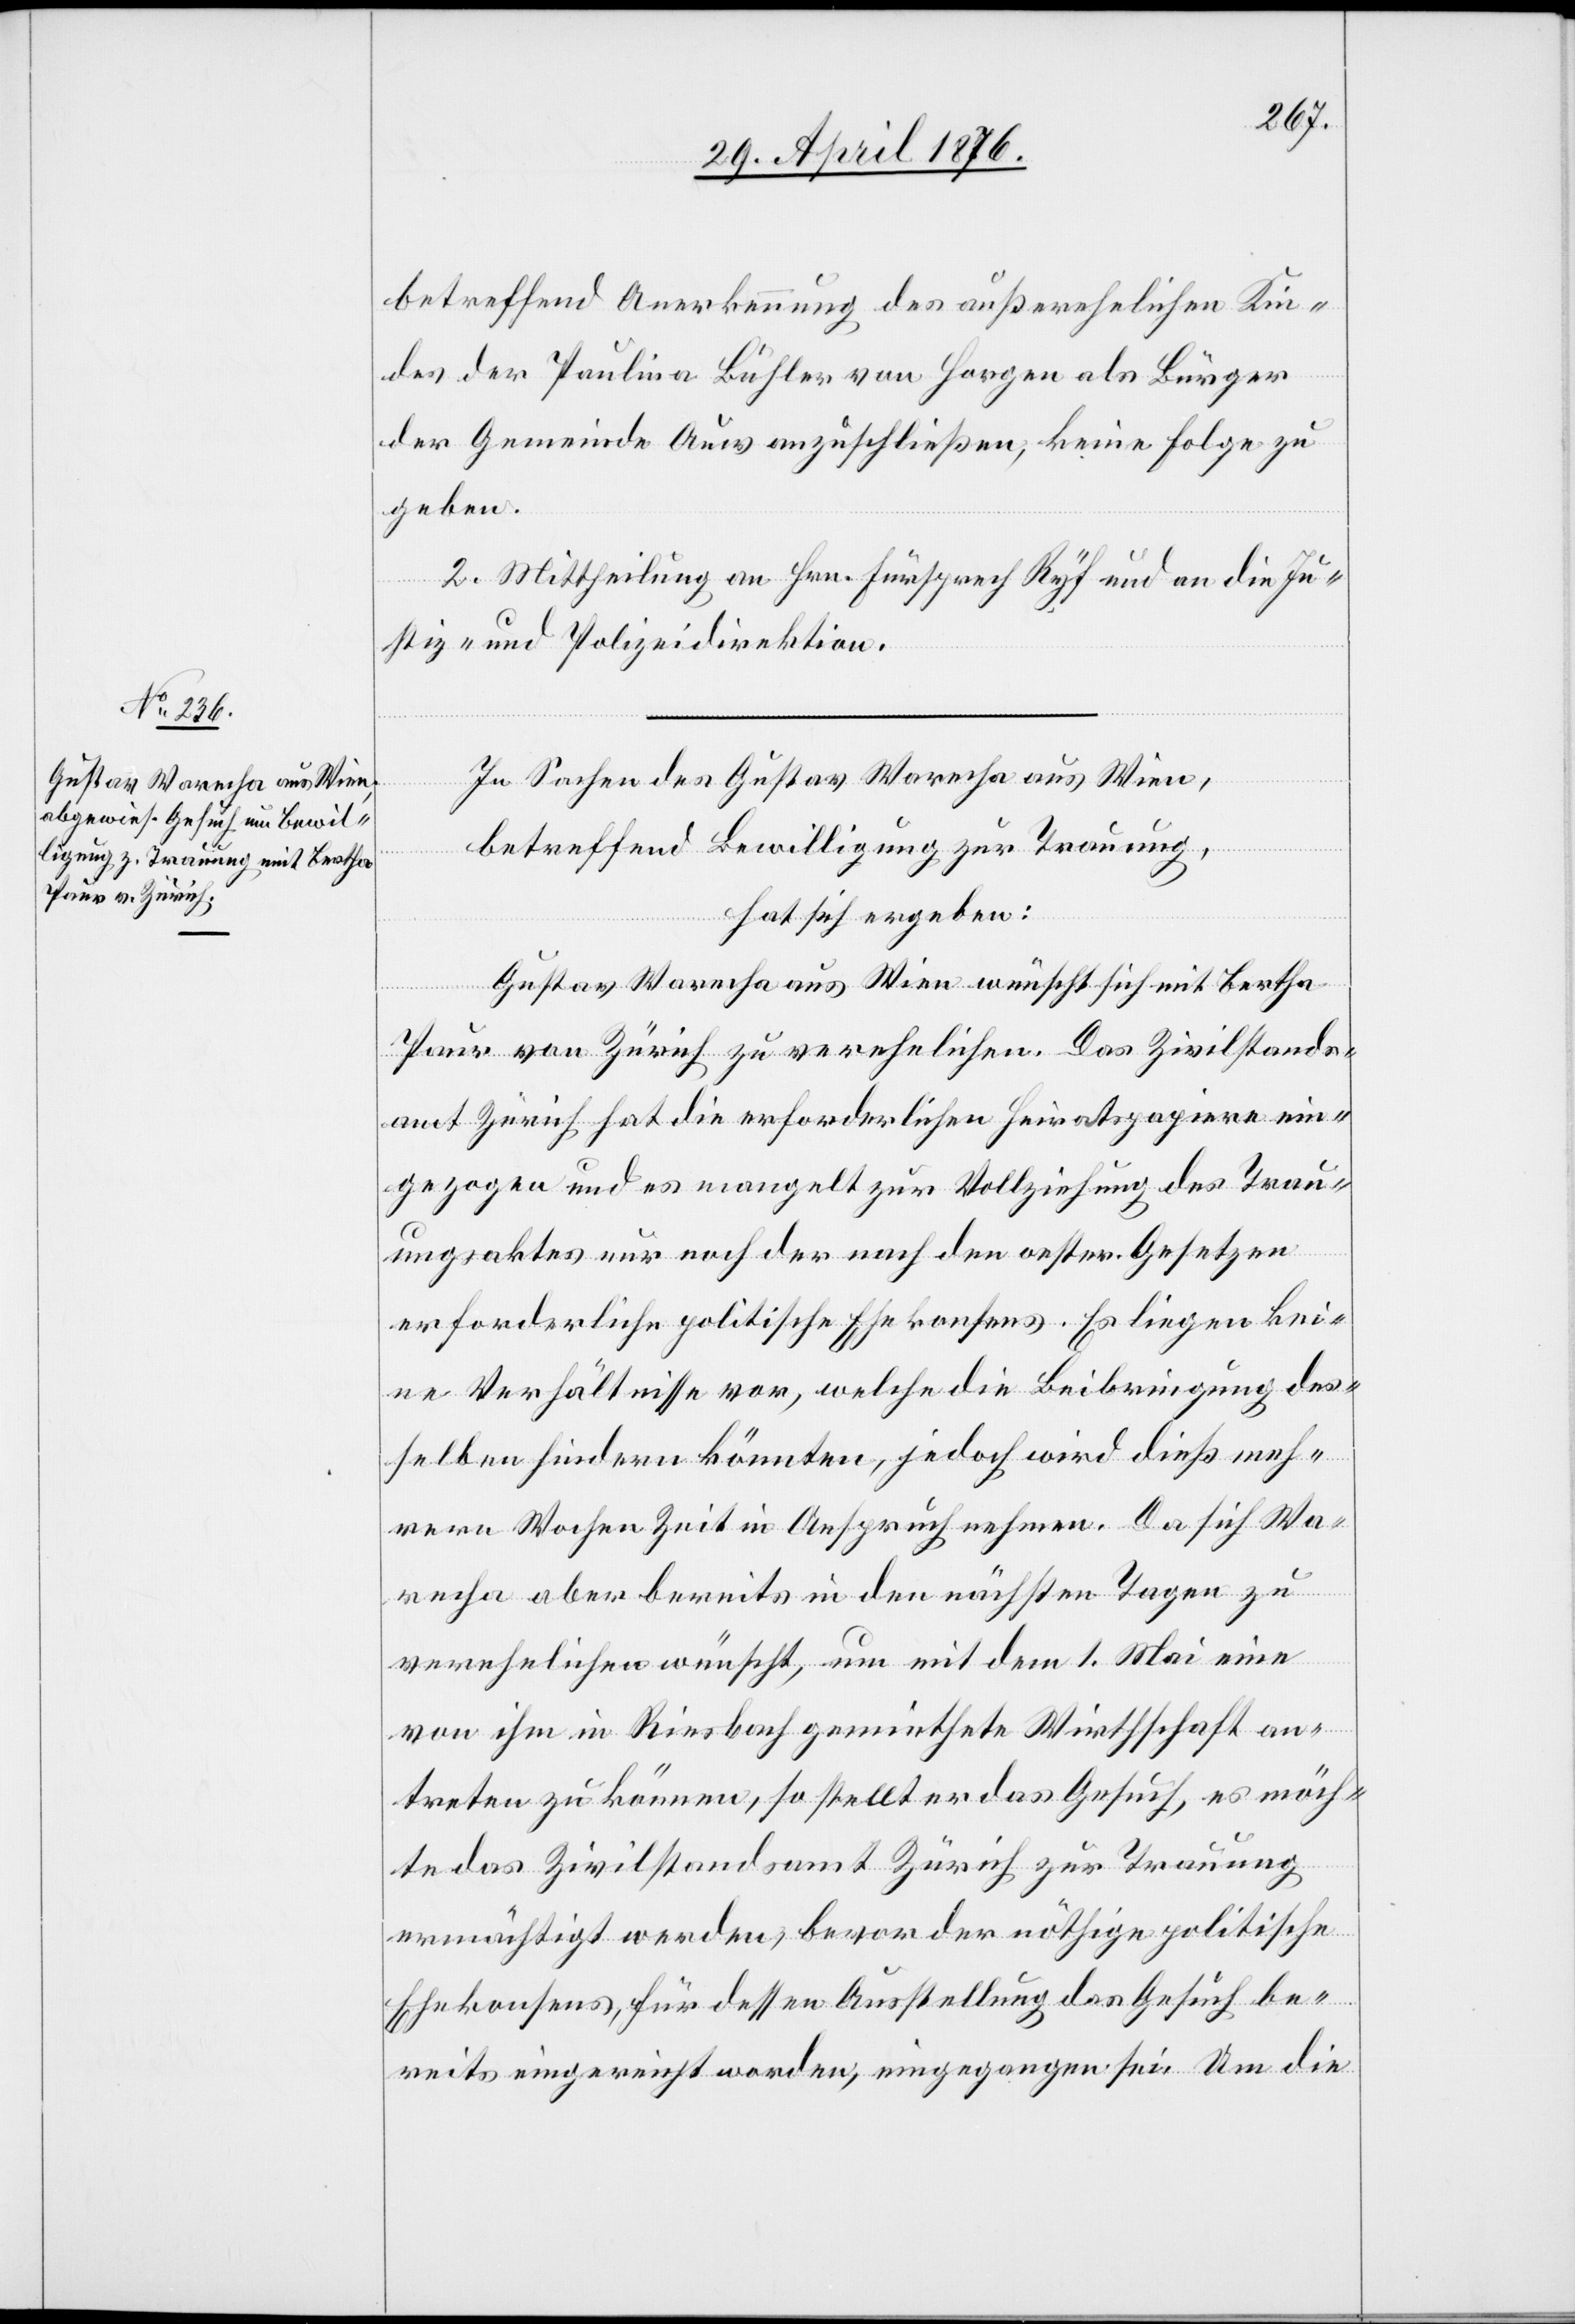
betreffend Anerkennung des außerehelichen Kin¬
des der Paulina Bühler von Horgen als Bürger
der Gemeinde Auw anzuschließen, keine Folge zu
geben.
2. Mittheilung an Hrn. Fürsprech Ryf und an die Ju¬
stiz- und Polizeidirektion.
In Sachen des Gustav Warecha aus Wien,
betreffend Bewilligung zur Trauung,
hat sich ergeben:
Gustav Warecha aus Wien wünscht sich mit Bertha
Paur von Zürich zu verehelichen. Das Zivilstands¬
amt Zürich hat die erforderlichen Heiratspapiere ein¬
gezogen und es mangelt zur Vollziehung des Trau¬
ungsaktes nur noch der nach den oester. Gesetzen
erforderliche politische Ehekonsens. Es liegen kei¬
ne Verhältnisse vor, welche die Beibringung des¬
selben hindern könnten, jedoch wird dies meh¬
rere Wochen Zeit in Anspruch nehmen. Da sich Wa¬
recha aber bereits in den nächsten Tagen zu
verehelichen wünscht, um mit dem 1. Mai eine
von ihm in Riesbach gemiethete Wirthschaft an¬
treten zu können, so stellt er das Gesuch, es möch¬
te das Zivilstandsamt Zürich zur Trauung
ermächtigt werden, bevor der nöthige politische
Ehekonsens, für dessen Ausstellung das Gesuch be¬
reits eingereicht worden, eingegangen sei. Um die